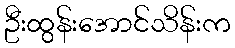
ဦးထွန်းအောင်သိန်းက